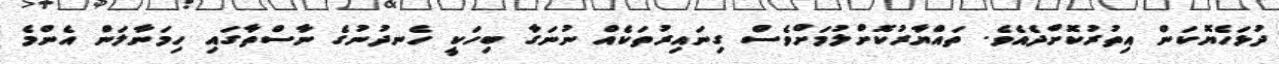
ދުޅަހެޔޮކަން އިތުރުކޮށްދެއެވެ. ތައްޔާރުކޮށްލުމަށްވެސް ގިނައިރުތަކެއް ނުނަގާ ބިހަކީ ހެނދުނުގެ ނާސްތާގައި ހިމަނާލަން އެންމެ